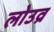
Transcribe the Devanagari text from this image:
लोउव्र